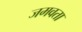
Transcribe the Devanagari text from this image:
जमवता